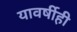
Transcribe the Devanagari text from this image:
यावर्षीही